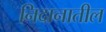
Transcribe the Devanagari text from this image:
निदानातील